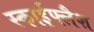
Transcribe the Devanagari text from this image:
स्काईफ्लैश